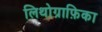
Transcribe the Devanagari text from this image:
लिथोग्राफ़िका